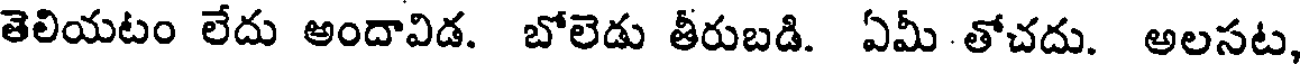
తెలియటం లేదు అందావిడ. బోలెడు తీరుబడి. ఏమీ తోచదు. అలసట,